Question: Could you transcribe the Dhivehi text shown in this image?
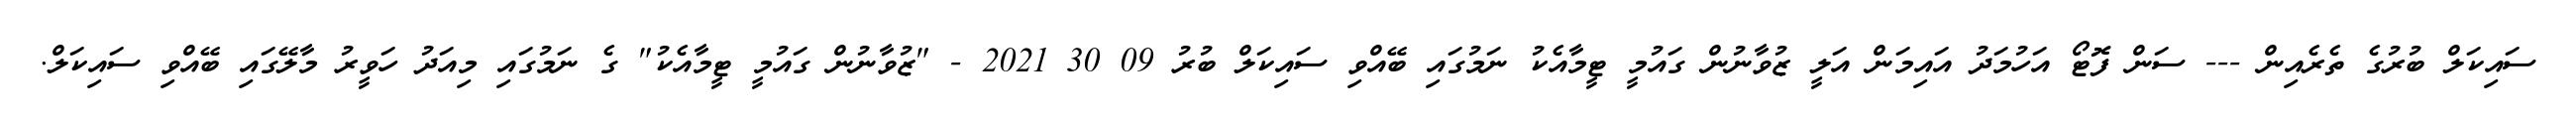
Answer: ސައިކަލް ބުރުގެ ތެރެއިން --- ސަން ފޮޓޯ އަހުމަދު އައިމަން އަލީ ޒުވާނުން ގައުމީ ޓީމާއެކު ނަމުގައި ބޭއްވި ސައިކަލް ބުރު 09 30 2021 - "ޒުވާނުން ގައުމީ ޓީމާއެކު" ގެ ނަމުގައި މިއަދު ހަވީރު މާލޭގައި ބޭއްވި ސައިކަލް.